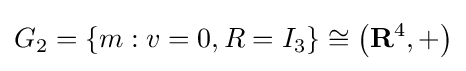
G_{2}=\{m:v=0,R=I_{3}\}\cong \left(\mathbf {R} ^{4},+\right)